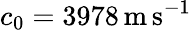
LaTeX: c_{0}=3978\, \mathrm{m\, s^{-1}}